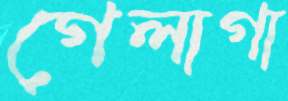
গেলাগা